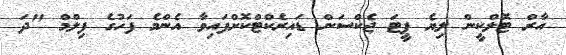
އާރް ޓޮލްކީން ލިޔެ ޕީޓަ ޖެކްސަން ޑައިރެކްޓްކޮށްފައިވާ އެންމެ ފަހުގެ ފިލްމް "ދަ